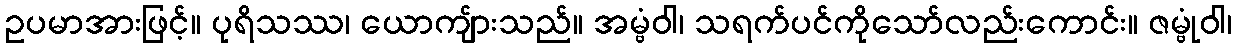
ဥပမာအားဖြင့်။ ပုရိသဿ၊ ယောကျ်ားသည်။ အမ္ဗံဝါ၊ သရက်ပင်ကိုသော်လည်းကောင်း။ ဇမ္ဗုံဝါ၊